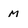
Character: M